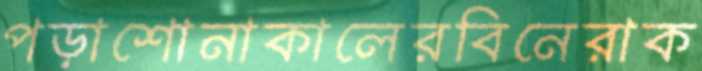
পড়াশোনাকালেরবিনেরাক